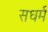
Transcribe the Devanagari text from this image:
सधर्म